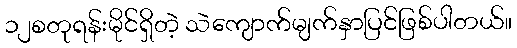
၁၂စတုရန်းမိုင်ရှိတဲ့ သဲကျောက်မျက်နှာပြင်ဖြစ်ပါတယ်။